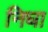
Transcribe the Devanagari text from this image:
निघा